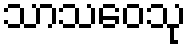
သာသဝေသု